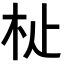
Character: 𣏡